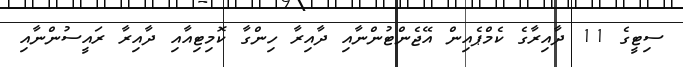
ސިޓީގެ 11 ދާއިރާގެ ކެމްޕެއިން އޭޖެންޓުންނާއި ދާއިރާ ހިންގާ ކޮމިޓިއާއި ދާއިރާ ރައީސުންނާއި